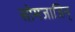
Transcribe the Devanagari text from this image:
सोमजाजिन्